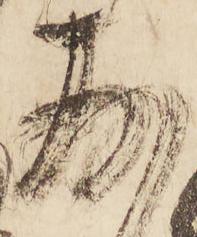
存